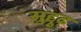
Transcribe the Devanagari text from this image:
सुद्दुृढ़